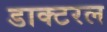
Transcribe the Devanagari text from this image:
डाक्टरल